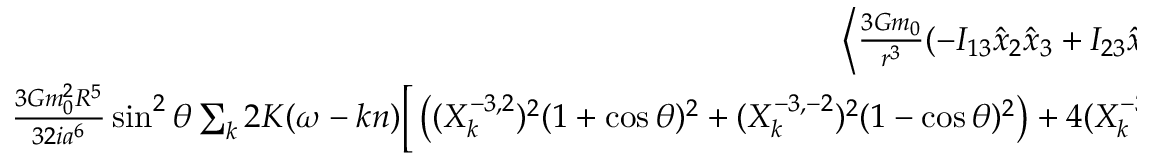
\begin{array} { r l r } { \left\langle \frac { 3 { \cal G } m _ { 0 } } { r ^ { 3 } } ( - I _ { 1 3 } \hat { x } _ { 2 } \hat { x } _ { 3 } + I _ { 2 3 } \hat { x } _ { 1 } \hat { x } _ { 3 } ) \right\rangle _ { M , \varpi } = } & { { } } & { } \\ { \frac { 3 { \cal G } m _ { 0 } ^ { 2 } R ^ { 5 } } { 3 2 i a ^ { 6 } } \sin ^ { 2 } \theta \sum _ { k } 2 K ( \omega - k n ) \Big [ \left( ( X _ { k } ^ { - 3 , 2 } ) ^ { 2 } ( 1 + \cos \theta ) ^ { 2 } + ( X _ { k } ^ { - 3 , - 2 } ) ^ { 2 } ( 1 - \cos \theta ) ^ { 2 } \right) + 4 ( X _ { k } ^ { - 3 , 0 } ) ^ { 2 } \cos ^ { 2 } \theta \Big ] } \end{array}